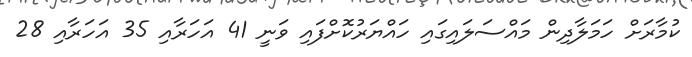
ކުމާރަށް ހަމަލާދިން މައްސަލައިގައި ހައްޔަރުކޮށްފައި ވަނީ 41 އަހަރާއި 35 އަހަރާއި 28